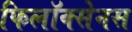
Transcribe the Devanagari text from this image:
फिलॉक्सेनस